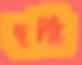
দগ্ধি